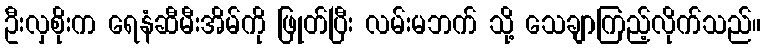
ဦးလှစိုးက ရေနံဆီမီးအိမ်ကို ဖြုတ်ပြီး လမ်းမဘက် သို့ သေချာကြည့်လိုက်သည်။